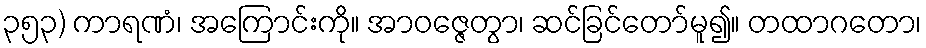
၃၅၃) ကာရဏံ၊ အကြောင်းကို။ အာဝဇ္ဇေတွာ၊ ဆင်ခြင်တော်မူ၍။ တထာဂတော၊